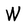
Character: W